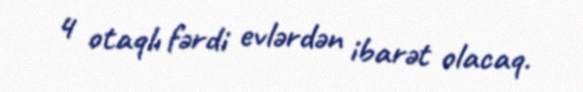
4 otaqlı fərdi evlərdən ibarət olacaq.